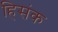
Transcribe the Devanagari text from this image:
हिसंक